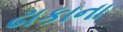
ઢાકાના